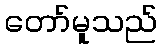
တော်မူသည်